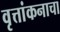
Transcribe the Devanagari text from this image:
वृत्तांकनाचा